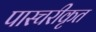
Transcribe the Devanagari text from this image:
पास्चरीकृत